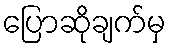
ပြောဆိုချက်မှ